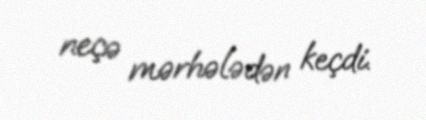
neçə mərhələdən keçdi.